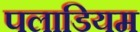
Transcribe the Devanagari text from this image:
पलाडियम